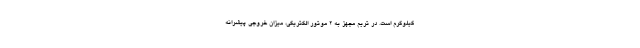
کیلوگرم است. در تریم مجهز به 2 موتور الکتریکی، میزان خروجی پیشرانه